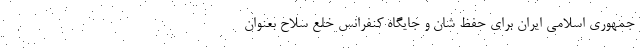
جمهوری اسلامی ایران برای حفظ شان و جایگاه کنفرانس خلع سلاح بعنوان